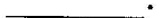
___.